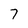
Character: 7